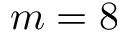
m = 8